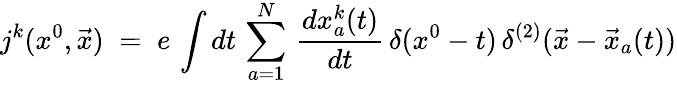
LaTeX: j^{k}(x^{0},{\vec{x}})\; =\; e\, \int dt\, \sum_{a=1}^{N}\, \frac{dx_{a}^{k}(t)}{dt}\, \delta(x^{0}-t)\, \delta^{(2)}({\vec{x}}-{\vec{x}}_{a}(t))